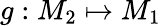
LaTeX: g:M_{2}\mapsto M_{1}